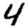
Digit: 4